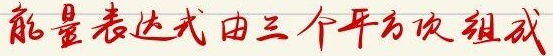
能量表达式由三个平方项组成